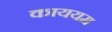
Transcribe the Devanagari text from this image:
काययम